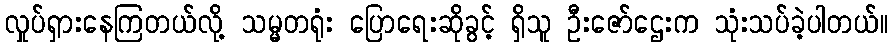
လှုပ်ရှားနေကြတယ်လို့ သမ္မတရုံး ပြောရေးဆိုခွင့် ရှိသူ ဦးဇော်ဌေးက သုံးသပ်ခဲ့ပါတယ်။